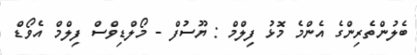
ބެލުންތެރިންގެ އެންމެ މޮޅު ފިލްމް : ޔޫސުފް - މޯލްޑިވްސް ފިލްމް އެވޯޑް